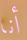
أنا